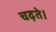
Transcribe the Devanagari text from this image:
चढ़ते।